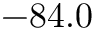
- 8 4 . 0